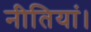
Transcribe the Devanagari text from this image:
नीतियां।